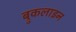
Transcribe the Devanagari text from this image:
ब्रुकलाइन